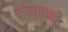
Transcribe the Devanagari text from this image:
मंचाचाही